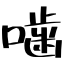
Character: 噛